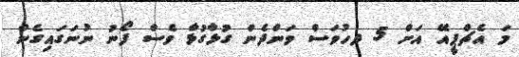
މަ އެޗްޕީއޭ އަށް 5 ދހުވަސް ވަންދެން ގުޅާގުޅާ ވެސް ފޯނު ނުނަގައިގެން